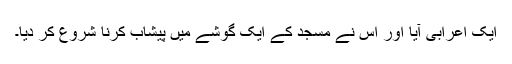
ایک اعرابی آیا اور اس نے مسجد کے ایک گوشے میں پیشاب کرنا شروع کر دیا۔